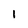
Character: 1